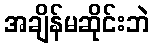
အချိန်မဆိုင်းဘဲ